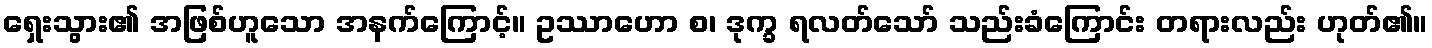
ရှေးသွား၏ အဖြစ်ဟူသော အနက်ကြောင့်။ ဥဿာဟော စ၊ ဒုက္ခ ရလတ်သော် သည်းခံကြောင်း တရားလည်း ဟုတ်၏။